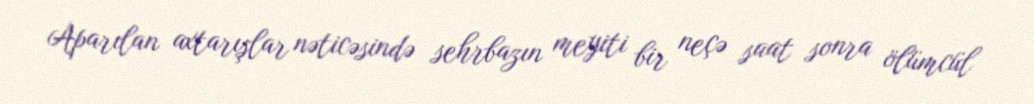
Aparılan axtarışlar nəticəsində sehrbazın meyiti bir neçə saat sonra ölümcül